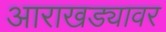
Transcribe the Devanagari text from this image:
आराखड्यावर